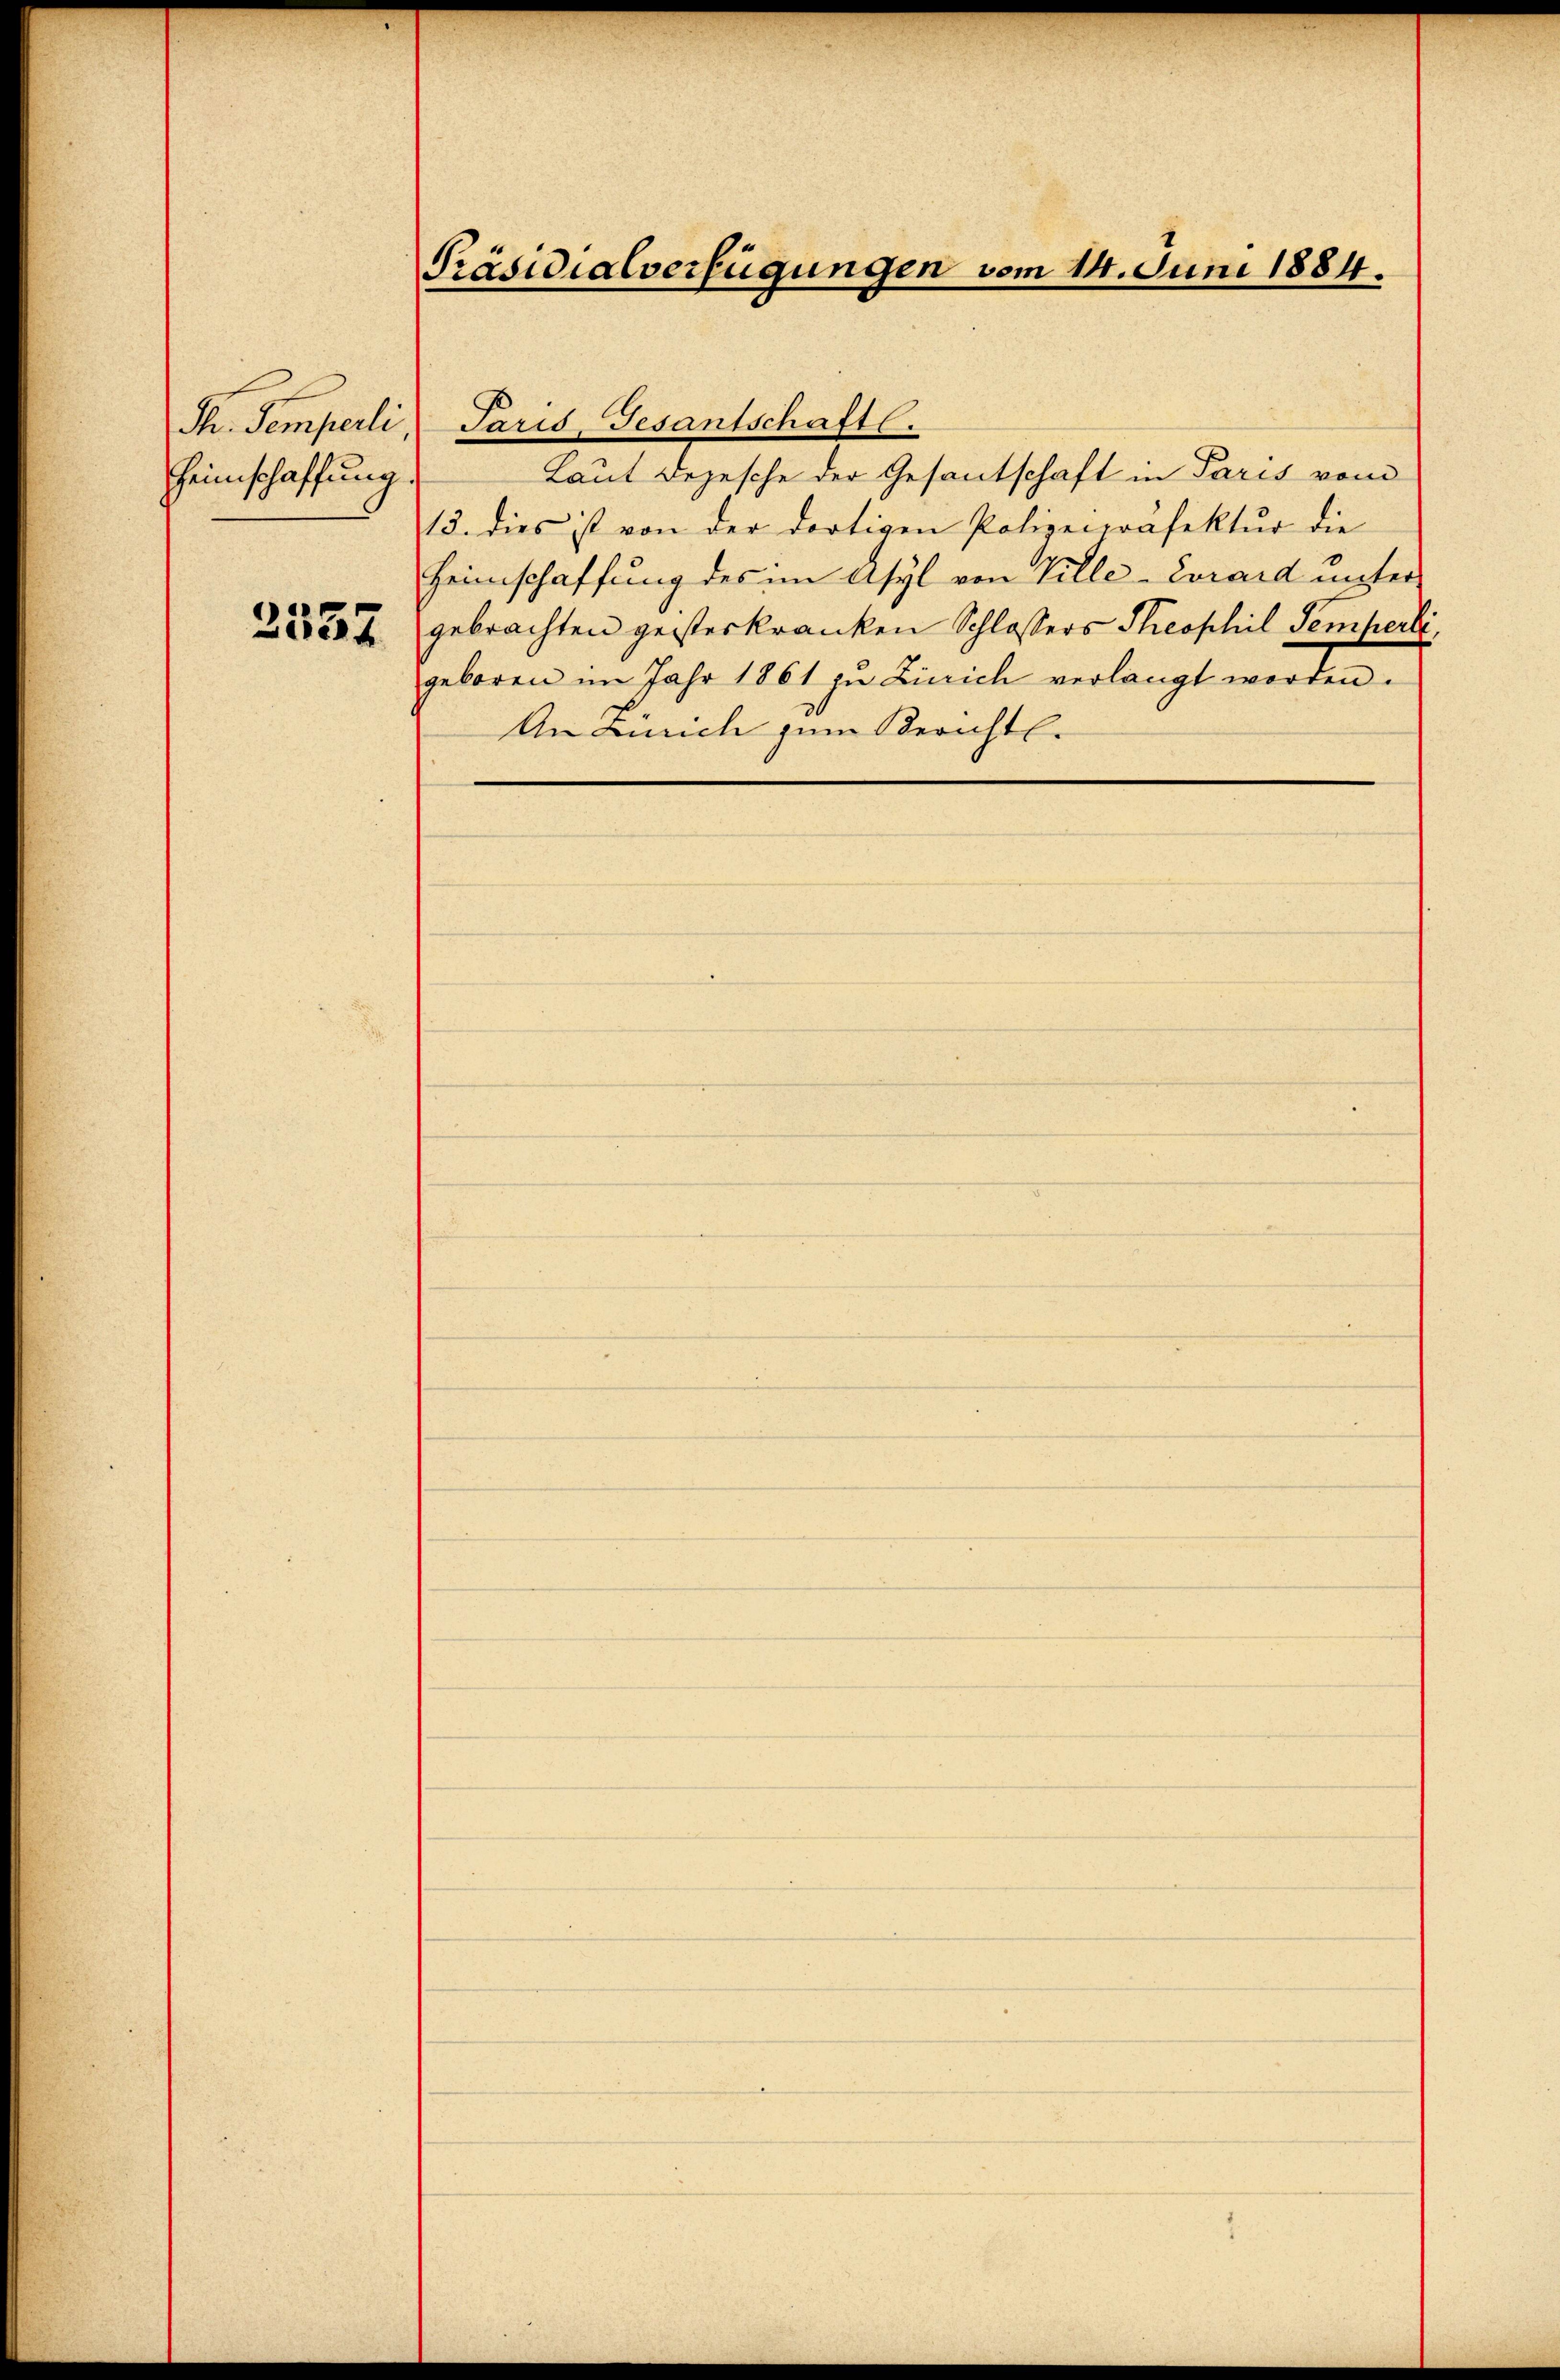
Pr. Semperli
Heimschaffung
2557

Präsidialverfügungen vom 14. Juni 1884.

Laut Dojesche der Gesantschaft in Paris vom
13. dies ist von der dortigen Polizecrasektur die
Heimschaffung des im Asyl von Ville-Corard unter
gebrachten geisterkranken Schlossers Theophil Semherli,
geboren im Jahr 1861 zu Zürich verlangt worden.
An Zürich zum Berichtl.

Paris, Gesantschaft.